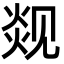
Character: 𬊦